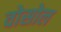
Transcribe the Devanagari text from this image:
वोसोल